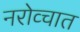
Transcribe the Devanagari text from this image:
नरोव्चात